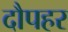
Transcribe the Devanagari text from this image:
दौपहर